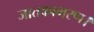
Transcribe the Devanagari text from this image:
जातकाभरण।